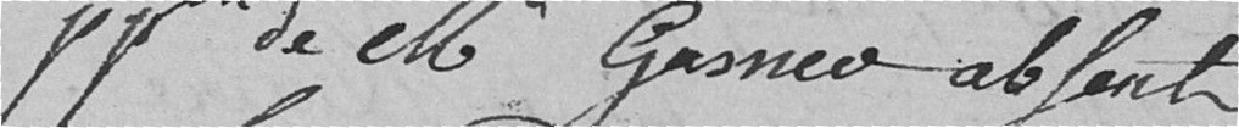
.... de monsieur Gasner .....